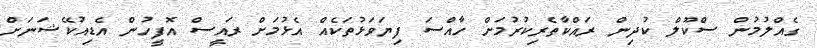
ގެއްލުމުން ސްކޫލް ކުދިން ރައްކާތެރިކުރުމަށް ހާއްސަ ފިޔަވަޅުތަކެއް އެޅުމަށް ރައީސް އޮފީހުން އެޑިއުކޭޝަނަށް